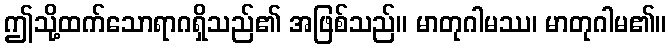
ဤသို့ထက်သောရာဂရှိသည်၏ အဖြစ်သည်။ မာတုဂါမဿ၊ မာတုဂါမ၏။